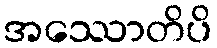
အဿောတိပိ